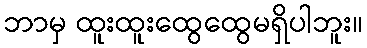
ဘာမှ ထူးထူးထွေထွေမရှိပါဘူး။